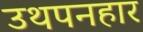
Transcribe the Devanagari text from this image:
उथपनहार